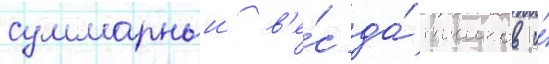
суммарныи в'е́с да́тчиков и́